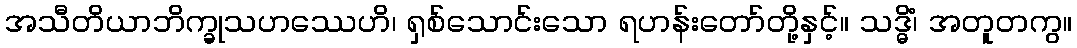
အသီတိယာဘိက္ခုသဟဿေဟိ၊ ရှစ်သောင်းသော ရဟန်းတော်တို့နှင့်။ သဒ္ဓိံ၊ အတူတကွ။